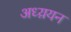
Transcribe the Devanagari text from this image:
अध्य़यन